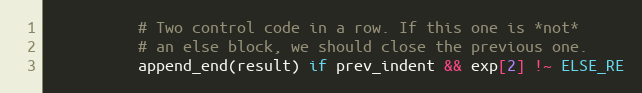
Language: Ruby
          # Two control code in a row. If this one is *not*
          # an else block, we should close the previous one.
          append_end(result) if prev_indent && exp[2] !~ ELSE_RE